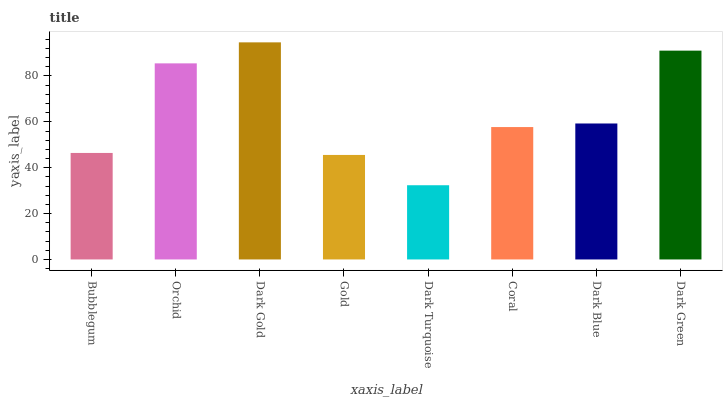
| xaxis_label | bars |
 | --- | --- |
 | Bubblegum | 46.4 |
 | Orchid | 85.5 |
 | Dark Gold | 94.7 |
 | Gold | 45.6 |
 | Dark Turquoise | 32.4 |
 | Coral | 57.7 |
 | Dark Blue | 59.3 |
 | Dark Green | 91 |